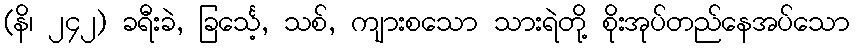
(နိ၊ ၂၄၂) ခရီးခဲ, ခြင်္သေ့, သစ်, ကျားစသော သားရဲတို့ စိုးအုပ်တည်နေအပ်သော